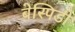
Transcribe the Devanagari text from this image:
बेस्पिडी